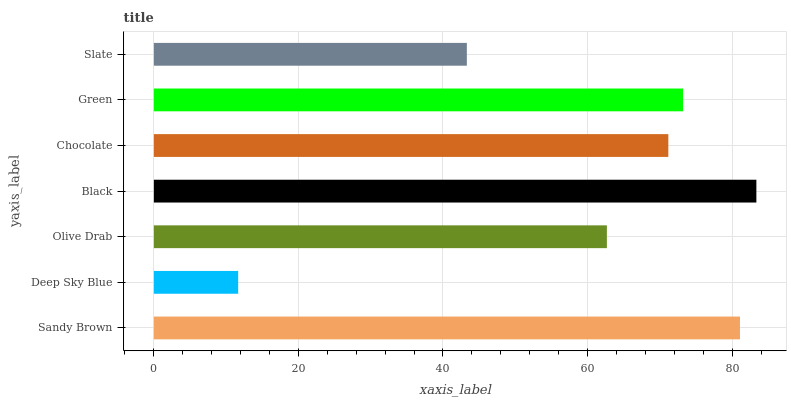
| yaxis_label | bars |
 | --- | --- |
 | Sandy Brown | 81.1 |
 | Deep Sky Blue | 11.7 |
 | Olive Drab | 62.7 |
 | Black | 83.4 |
 | Chocolate | 71.2 |
 | Green | 73.2 |
 | Slate | 43.3 |